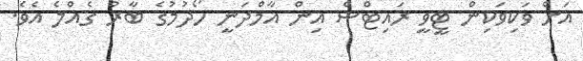
އަށް ވަކިވަކިން ޓީވީ ރައިޓްސް އިން އާމްދަނީ ހޯދުމުގެ ބާާރު ގެއްލެ އެވެ.